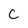
Character: C